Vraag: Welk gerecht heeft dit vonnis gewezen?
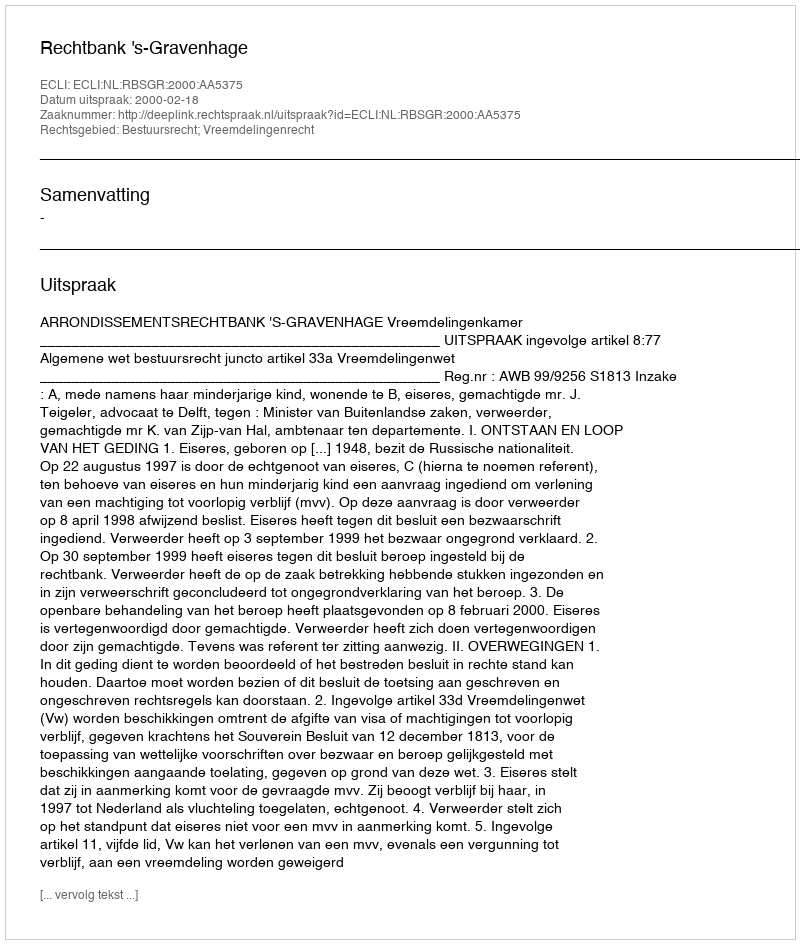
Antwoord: Rechtbank 's-Gravenhage